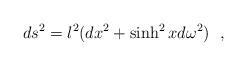
LaTeX: \begin{align*}ds^2=l^2(dx^2+\sinh^2xd\omega^2)~~,\end{align*}